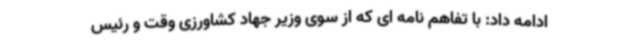
ادامه داد: با تفاهم نامه ‌ای که از سوی وزیر جهاد کشاورزی وقت و رئیس